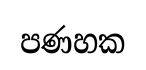
පණහක